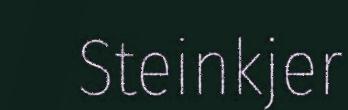
Steinkjer